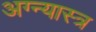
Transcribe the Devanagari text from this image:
अग्न्यास्त्र